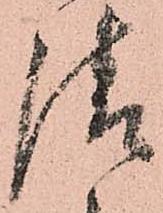
請